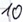
Text: 10